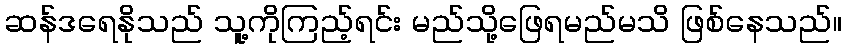
ဆန်ဒရေနိုသည် သူ့ကိုကြည့်ရင်း မည်သို့ဖြေရမည်မသိ ဖြစ်နေသည်။